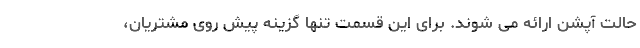
حالت آپشن ارائه می شوند. برای این قسمت تنها گزینه پیش روی مشتریان،